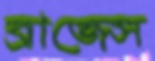
ব্রাজেস